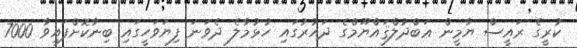
ކުރީގެ ރައީސް ޔާމީން ޢަބްދުލްޤައްޔޫމްގެ ދައުރުގައި ހުޅުމާލެ ދެވަނަ ފިޔަވަހީގައި ބިނާކޮށްފައިވާ 7000